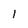
Character: l